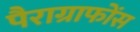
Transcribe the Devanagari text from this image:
पैराग्राफोंस